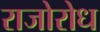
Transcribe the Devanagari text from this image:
राजोरोध